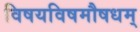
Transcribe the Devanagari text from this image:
विषयविषमौषधम्